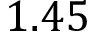
1 . 4 5